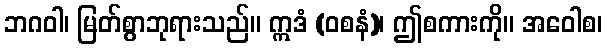
ဘဂဝါ၊ မြတ်စွာဘုရားသည်။ ဣဒံ (ဝစနံ)၊ ဤစကားကို။ အဝေါစ၊